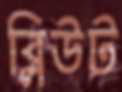
ব্লিউট